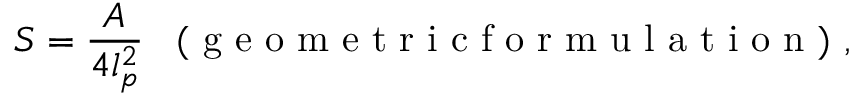
S = \frac { A } { 4 l _ { p } ^ { 2 } } \enspace \mathrm { ~ ( ~ g ~ e ~ o ~ m ~ e ~ t ~ r ~ i ~ c ~ f ~ o ~ r ~ m ~ u ~ l ~ a ~ t ~ i ~ o ~ n ~ ) ~ } ,